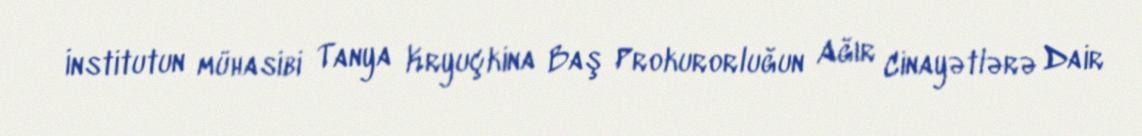
İnstitutun mühasibi Tanya Kryuçkina Baş Prokurorluğun Ağır Cinayətlərə Dair